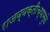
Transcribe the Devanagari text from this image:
राजव्यक्तीच्यामुळे